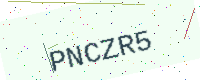
Text: PNCZR5